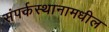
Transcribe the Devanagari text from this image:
संपर्कस्थानामधील